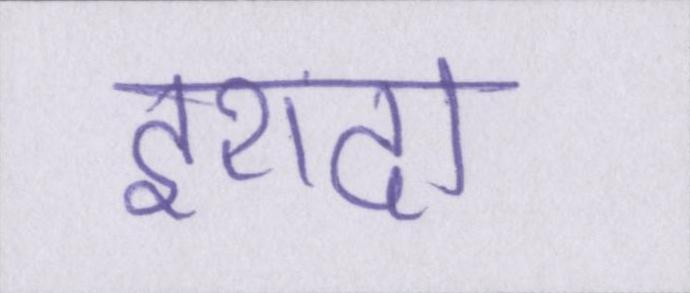
इरादा